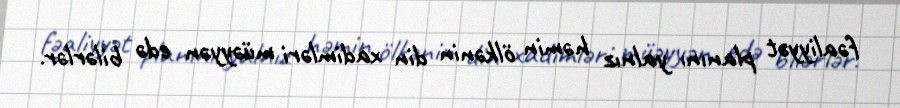
fəaliyyət planını yalnız həmin ölkənin din xadimləri müəyyən edə bilərlər.